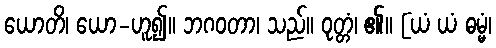
ယောတိ၊ ယော-ဟူ၍။ ဘဂဝတာ၊ သည်။ ဝုတ္တံ၊ ၏။ [ယံ ယံ ဓမ္မံ၊